Report of the King Institute of Preventive Medicine, Guindy
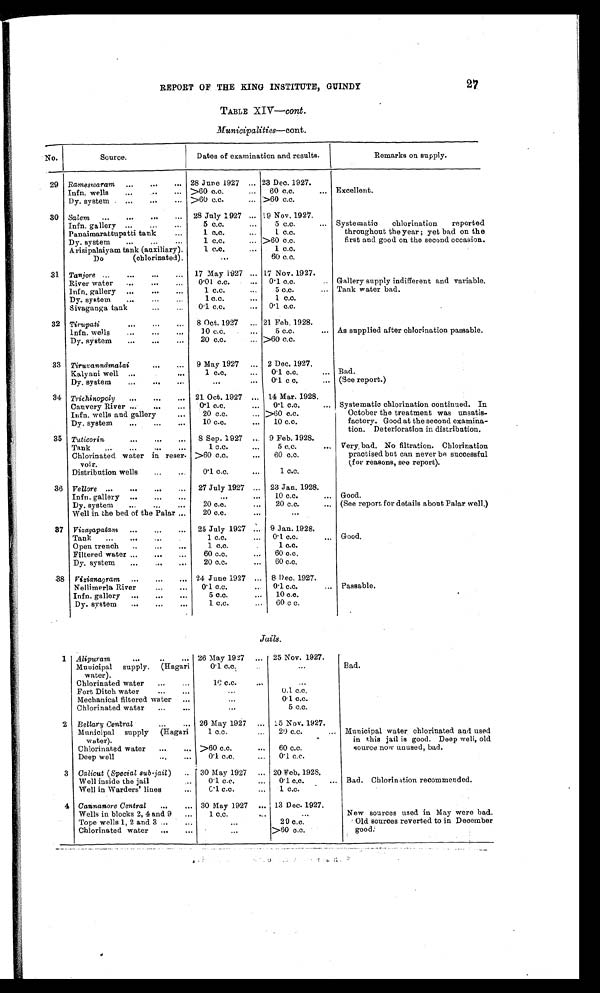
27
REPORT OF THE KING INSTITUTE, GUINDY
TABLE XIV—cont.
Municipalities—cont.
No.
Source.
Dates of examination and results.
Remarks on supply.
29
Rameswaram
. . . 28 June 1927 . . . 23 Dec. 1927.
Excellent.
Infn. wells . . . >60 c.c. . . .
60 c.c. . . .
Dy. system . . . >60 c.c. . . . >60 c.c.
30
Salem
. . .
28 July 1927 . . . 19 Nov. 1927.
Systematic chlorination reported
throughout the year; yet bad on the
first and good on the second occasion.
Infn. gallery . . .
5 c.c. . . .
5 c.c. . . .
Panaimarattupatti tank . . .
1 c.c. . . .
1 c.c.
Dy. system . . .
1 c.c. . . . >60 c.c.
Arisipalaiyam tank (auxiliary).
1 c.c. . . .
1 c.c.
Do (chlorinated).
. . .
60 c.c.
31
Tanjore
. . .
17 May 1927 . . . 17 Nov. 1927.
Gallery supply indifferent and variable.
Tank water bad.
River water . . .
0.01 c.c. . . .
0.1 c.c. . . .
Infn. gallery . . .
1 c.c. . . .
5 c.c. . . .
Dy. system . . .
1 c.c. . . .
1 c.c.
Sivaganga tank . . .
0 . 1 c . c . . . .
0.1 c.c.
32
Tirupati
. . .
8 Oct. 1927 . . . 21 Feb. 1928.
As supplied after chlorination passable.
Infn. wells . . .
1 0 c . c . . . .
5 c.c. . . .
Dy. system . . .
20 c.c. . . . >60 c.c.
33
Tiruvannāmalai
. . .
9 May 1927 . . .
2 Dec. 1927.
Bad.
Kalyani well . . .
1 c.c. . . .
0.1 c.c. . . .
Dy. system . . .
. . .
0.1 c c. . . .
(See report.)
34
Trichinopoly. . .
21 Oct. 1927 . . .
14 Mar. 1928.
Systematic chlorination continued. In
October the treatment was unsatis
-
factory. Good at the second examina
-
tion. Deterioration in distribution.
Cauvery River . . .
0.1 c.c. . . .
0.1 c.c. . . .
Infn. wells and gallery . . .
20 c.c. . . . >60 c.c.
35
Dy. system . . .
10 c.c. . . .
10 c.c.
Tuticorin
. . .
8 Sep. 1927 . . .
9 Feb. 1928.
Very, bad. No filtration. Chlorination
practised but can never be successful
(for reasons, see report).
Tank . . .
1 c.c. . . .
5 c.c. . . .
Chlorinated water in reser-
voir.
>60 c.c. . . .
60 c.c.
Distribution wells . . .
0.1 c.c. . . .
1 c . c .
36
Vellore
. . .
27 July 1927 . . .
23 Jan. 1928.
Infn. gallery . . .
. . .
10 c.c. . . .
Good.
Dy. system . . .
20 c.c. . . .
20 c.c. . . .
(See report for details about Palar well.)
Well in the bed of the Palar . . .
20 c.c. . . .
. . .
37
Vizagapatam
. . .
25 July 1927 . . .
9 Jan. 1928.
Good.
Tank . . .
1 c.c. . . .
0.1 c.c. . . .
Open trench . . .
1 c . c . . . .
1 c . c .
Filtered water . . .
60 c.c. . . .
60 c.c.
38
Dy. system . . .
20 c.c. . . .
6 0 c . c .
Vizianagram
. . . 24 June 1927 . . .
8 Dec. 1927.
Passable.
Nellimerla River . . .
0.1 c.c. . . .
0.1 c.c. . . .
Infn. gallery . . .
5 c.c. . . .
10 c.c.
Dy. system . . .
1 c.c.
60 c c.
J a i l s .
1
Alipuram . . .
26 May 1927 . . .
25 Nov. 1927.
Bad.
Municipal supply. (Hagari
water).
0 . 1 c . c . . . .
. . .
2
Chlorinated water . . .
10 c.c. . . .
. . .
Fort Ditch water . . .
. . .
0 . 1 c . c .
Mechanical filtered water . . .
. . .
0.1 c.c.
Chlorinated water . . .
. . .
5 c.c.
Bellary Central . . .
26 May 1927 . . .
5 Nov. 1927.
Municipal water chlorinated and used
in this jail is good. Deep well, old
source now unused, bad.
Municipal supply (Hagari
water).
1 c.c. . . .
20 c.c. . . .
Chlorinated water . . .
>60 c.c. . . .
60 c.c.
Deep well . . .
0.1 c.c. . . .
0.1 c.c.
3
Calicut (Special sub-jail) . . .
30 May 1927 . . . 20 Feb. 1928.
Bad. Chlorination recommended.
Well inside the jail . . .
0.1 c.c. . . .
0.1 c.c. . . .
4
Well in Warders' lines
0.1 c.c.
1 c.c.
New sources used in May were bad.
Old sources reverted to in December
good.
Cannanore Central . . .
30 May 1927 . . . 13 Dec. 1927.
Wells in blocks 2, 4 and 9 . . .
1 c.c. . . .
. . .
Tope wells 1, 2 and 3 . . .
. . .
20 c.c.
Chlorinated water . . .
. . .
>60 c.c.